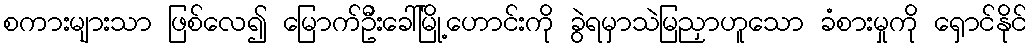
စကားများသာ ဖြစ်လေ၍ မြောက်ဦးခေါ်မြို့ဟောင်းကို ခွဲရမှာသဲမြညှာဟူသော ခံစားမှုကို ရှောင်နိုင်